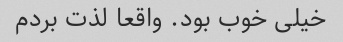
خیلی خوب بود. واقعا لذت بردم